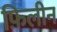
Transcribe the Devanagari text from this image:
फ़िलीन